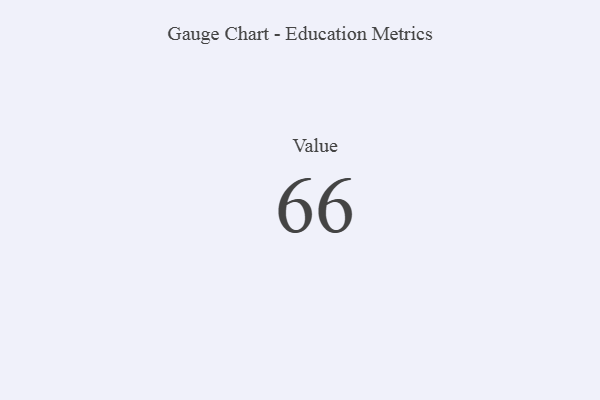
{"axis": {"x": "Metric", "y": "Value"}, "legend": [""], "data": [{"x": "Value", "y": 66, "type": ""}]}